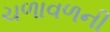
ચળાવળની